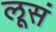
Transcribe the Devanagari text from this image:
लूसं